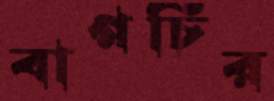
বাগচির